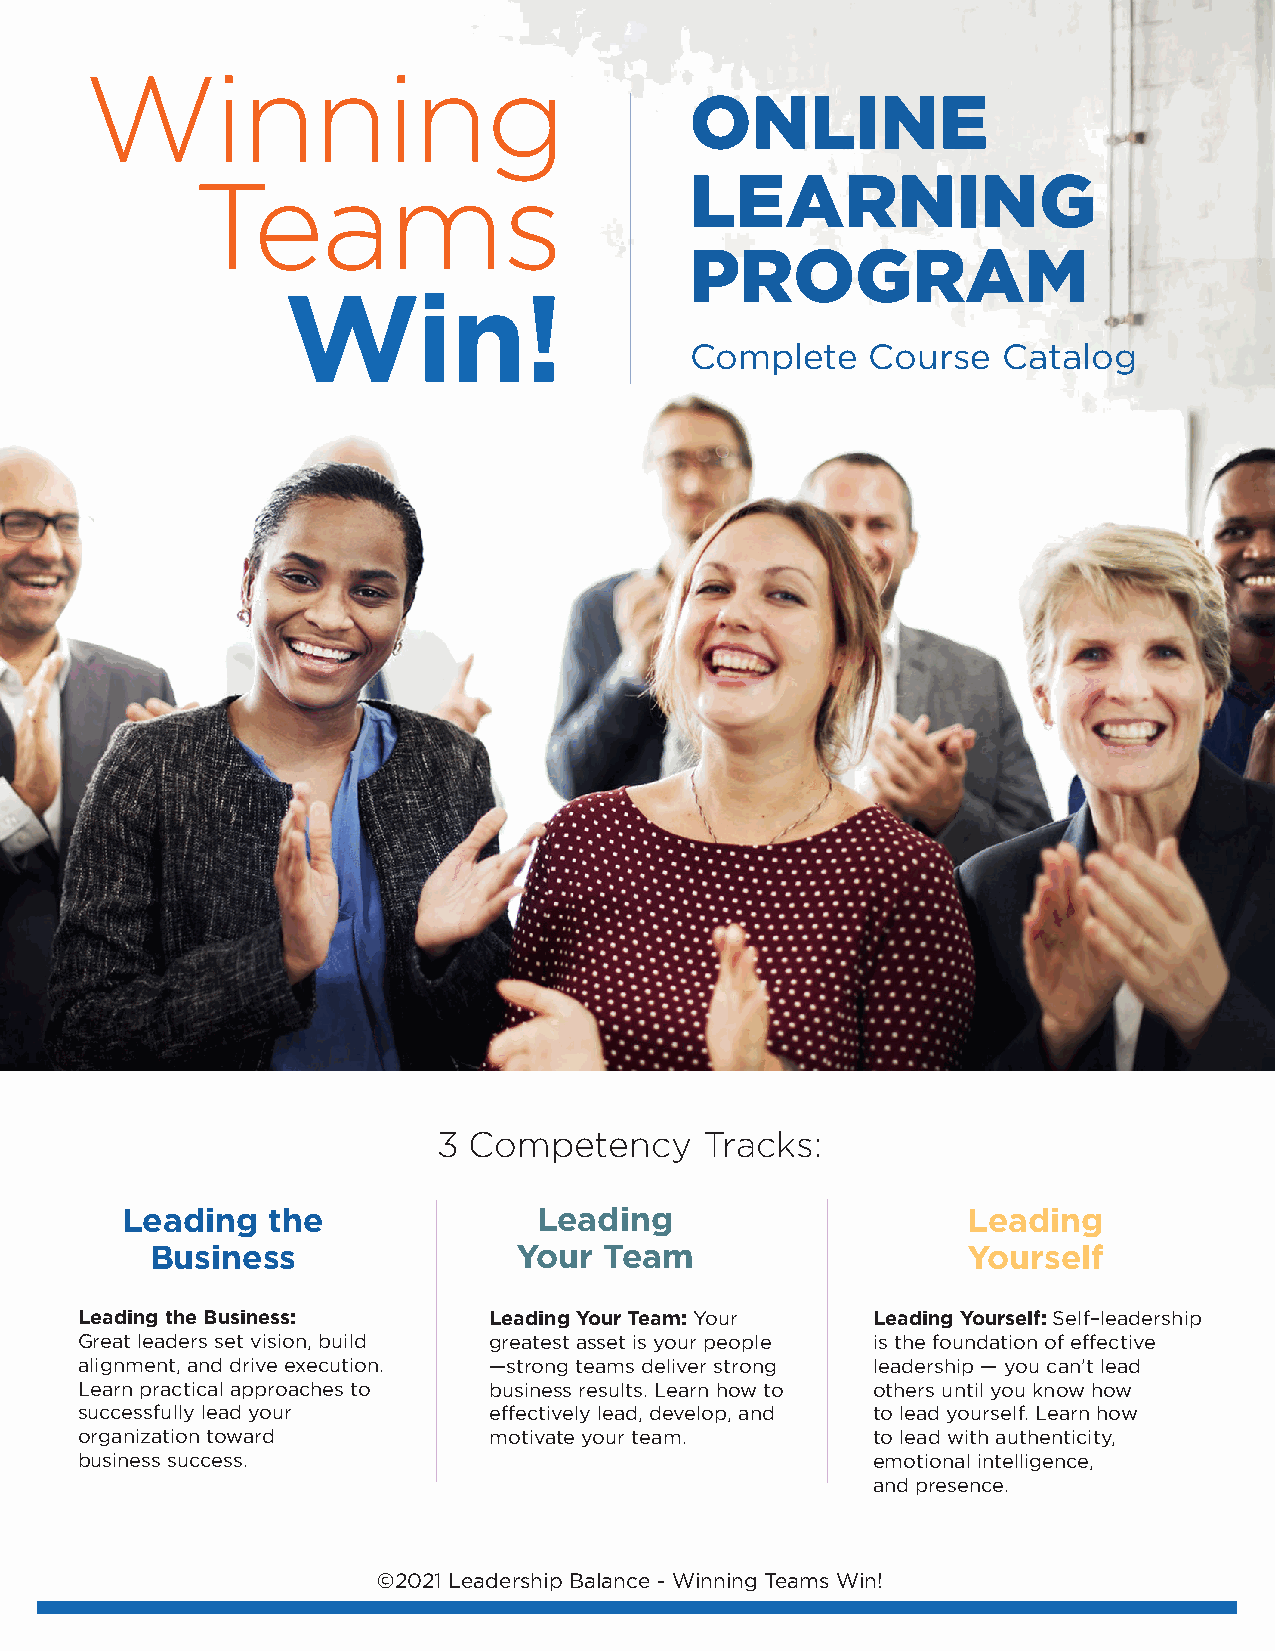
Winning
 ONLINE
 Teams                            LEARNING
 WOMEN                         INPR      OGRAM
 Win!
 LEADERSHCIomPplete                              Course  Catalog
 COMPLETE   COURSE   CATALOG
 3 Competency      Tracks:
 Leading   the               Leading                     Leading
 Business                Your  Team                    Yourself
 Leading the Business:      Leading Your Team: Your   Leading Yourself: Self–leadership
 Great leaders set vision, build greatest asset is your people is the foundation of effective
 alignment, and drive execution. —strong teams deliver strong leadership — you can’t lead
 Learn practical approaches to business results. Learn how to others until you know how
 successfully lead your     effectively lead, develop, and to lead yourself. Learn how
 organization toward        motivate your team.       to lead with authenticity,
 business success.                                    emotional intelligence,
 and presence.
 ©2021 Leadership Balance - Winning Teams Win!
 ©2018 Diversity Equity Inclusion